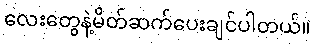
လေးတွေနဲ့မိတ်ဆက်ပေးချင်ပါတယ်။